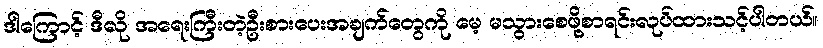
ဒါကြောင့် ဒီလို အရေးကြီးတဲ့ဦးစားပေးအချက်တွေကို မေ့ မသွားစေဖို့စာရင်းလုပ်ထားသင့်ပါတယ်။